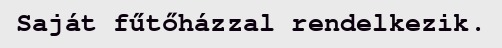
Saját fűtőházzal rendelkezik.